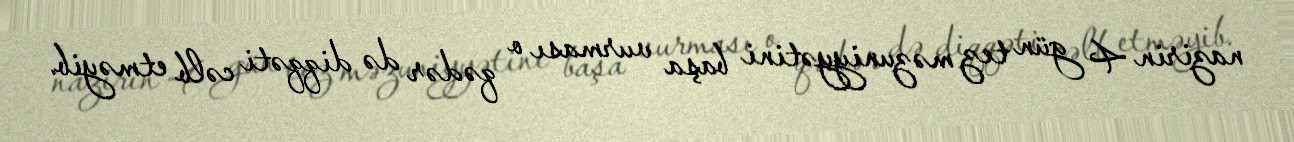
nazirin 4 gün tez məzuniyyətini başa vurması o qədər də diqqəti cəlb etməyib.